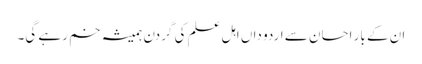
ان کے بار احسان سے اردو داں اہل علم کی گردن ہمیشہ خم رہے گی۔